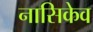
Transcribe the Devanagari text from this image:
नासिकेव